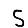
Digit: 5